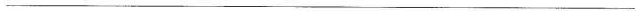
___